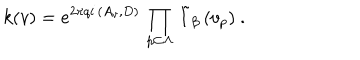
LaTeX: \left. k ( v ) = e ^ { 2 \pi q i \, \left( A _ { v } , D \right) } \, \prod _ { p \subset \Lambda } \, \tilde { I } _ { \beta } \, ( v _ { p } ) \right. \ .